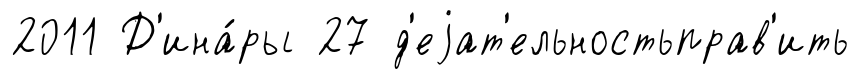
2011 Д'ина́ры 27 д'еjат'ельностьправ'ить